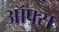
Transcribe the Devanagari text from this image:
ऑफ्स